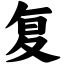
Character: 复